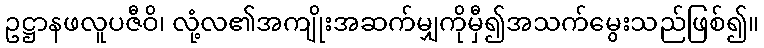
ဥဋ္ဌာနဖလူပဇီဝိ၊ လုံ့လ၏အကျိုးအဆက်မျှကိုမှီ၍အသက်မွေးသည်ဖြစ်၍။